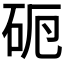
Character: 𥑣